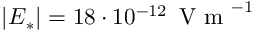
\left| \boldsymbol E _ { * } \right| = 1 8 \cdot 1 0 ^ { - 1 2 } \, \mathrm { ~ V ~ m ~ } ^ { - 1 }